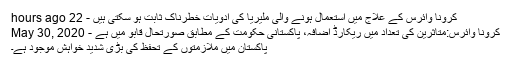
کرونا وائرس کے علاج میں استعمال ہونے والی ملیریا کی ادویات خطرناک ثابت ہو سکتی ہیں - 22 hours ago
کرونا وائرس:متاثرین کی تعداد میں ریکارڈ اضافہ، پاکستانی حکومت کے مطابق صورتحال قابو میں ہے - May 30, 2020
پاکستان میں ملازمتوں کے تحفظ کی بڑی شدید خواہش موجود ہے۔